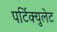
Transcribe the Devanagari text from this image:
पर्टिक्युलेट